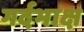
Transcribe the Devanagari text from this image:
गर्दभाक्ष